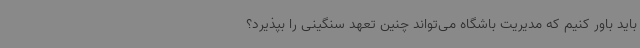
باید باور کنیم که مدیریت باشگاه می‌تواند چنین تعهد سنگینی را بپذیرد؟